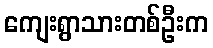
ကျေးရွာသားတစ်ဦးက